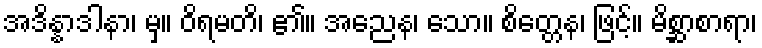
အဒိန္နာဒါနာ၊ မှ။ ဝိရမတိ၊ ၏။ အညေန၊ သော။ စိတ္တေန၊ ဖြင့်။ မိစ္ဆာစာရာ၊